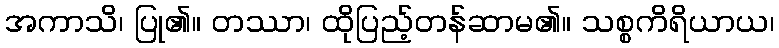
အကာသိ၊ ပြု၏။ တဿာ၊ ထိုပြည့်တန်ဆာမ၏။ သစ္စကိရိယာယ၊